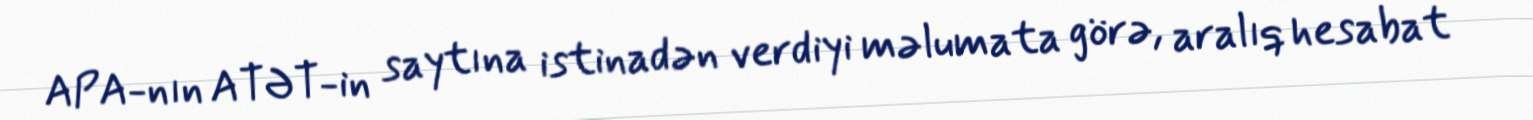
APA-nın ATƏT-in saytına istinadən verdiyi məlumata görə, aralıq hesabat